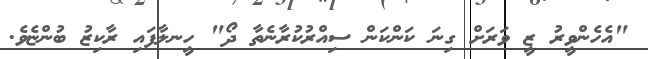
"އެހެންވީރު ޒީ ވަރަށް ގިނަ ކަންކަން ސިއްރުކުރާނެތާ ދޯ" ހީނލާފައި ރާކިޒު ބުންޏެވެ.